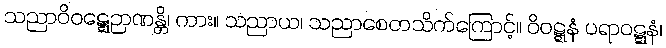
သညာဝိဝဋ္ဋေဉာဏန္တိ၊ ကား။ သညာယ၊ သညာစေတသိက်ကြောင့်။ ဝိဝဋ္ဋနံ ပရာဝဋ္ဋနံ၊